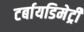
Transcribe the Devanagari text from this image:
टर्बायडिमेट्री